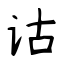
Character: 诂